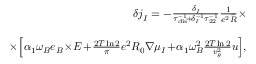
\begin{array} { r l r } & { } & { \! \! \! \! \! \delta \boldsymbol { j } _ { I } = - \frac { \delta _ { I } } { \tau _ { \mathrm { d i s } } ^ { - 1 } \! + \! \delta _ { I } ^ { - 1 } \tau _ { 2 2 } ^ { - 1 } } \frac { 1 } { e ^ { 2 } \tilde { R } } \times } \\ & { } & \\ & { } & { \; \; \times \! \left[ \alpha _ { 1 } \omega _ { B } \boldsymbol { e } _ { B } \! \times \! \boldsymbol { E } \! + \! \frac { 2 T \ln 2 } { \pi } e ^ { 2 } R _ { 0 } \boldsymbol { \nabla } \mu _ { I } \! + \! \alpha _ { 1 } \omega _ { B } ^ { 2 } \frac { 2 T \ln 2 } { v _ { g } ^ { 2 } } \boldsymbol { u } \right] \! , } \end{array}